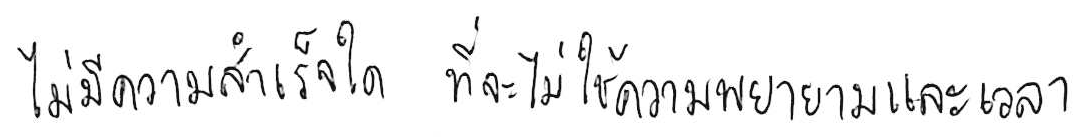
ไม่มีความสำเร็จใด ที่จะไม่ใช้ความพยายามและเวลา